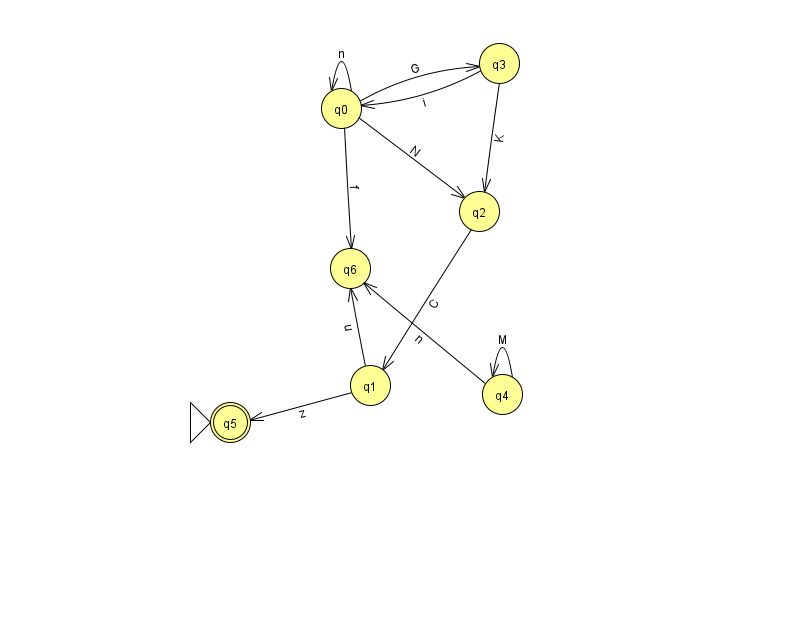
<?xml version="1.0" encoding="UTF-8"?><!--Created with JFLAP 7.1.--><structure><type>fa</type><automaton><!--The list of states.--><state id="0" name="q0"><x>341.0</x><y>95.0</y></state><state id="1" name="q1"><x>370.0</x><y>372.0</y></state><state id="2" name="q2"><x>479.0</x><y>198.0</y></state><state id="3" name="q3"><x>499.0</x><y>50.0</y></state><state id="4" name="q4"><x>502.0</x><y>381.0</y></state><state id="5" name="q5"><x>230.0</x><y>409.0</y><initial/><final/></state><state id="6" name="q6"><x>350.0</x><y>255.0</y></state><!--The list of transitions.--><transition><from>1</from><to>5</to><read>z</read></transition><transition><from>3</from><to>0</to><read>i</read></transition><transition><from>0</from><to>2</to><read>N</read></transition><transition><from>3</from><to>2</to><read>K</read></transition><transition><from>4</from><to>6</to><read>n</read></transition><transition><from>2</from><to>1</to><read>C</read></transition><transition><from>4</from><to>4</to><read>M</read></transition><transition><from>0</from><to>0</to><read>n</read></transition><transition><from>1</from><to>6</to><read>u</read></transition><transition><from>0</from><to>3</to><read>G</read></transition><transition><from>0</from><to>6</to><read>f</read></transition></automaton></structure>